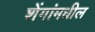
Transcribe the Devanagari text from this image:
शेंगांमधील